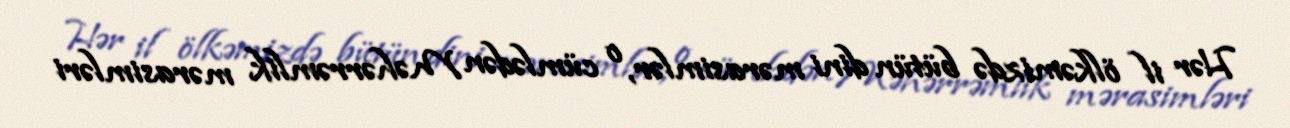
Hər il ölkəmizdə bütün dini mərasimlər, o cümlədən Məhərrəmlik mərasimləri